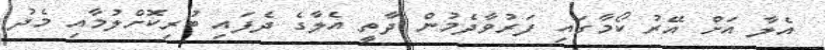
އެލާ އަށް އޭރު ކޯމާގައި ފަރުވާދެމުން ދާތީ އެލާގެ ދެފައި ބުރިކޮށްލުމާއި މެދު